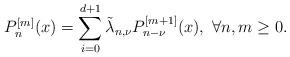
LaTeX: \begin{align*}P_{n}^{[m]}(x)=\sum_{i=0}^{d+1}\tilde{\lambda} _{n,\nu}P_{n-\nu}^{[m+1]}(x),\ \forall n,m\geq 0.\end{align*}